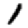
Digit: 1